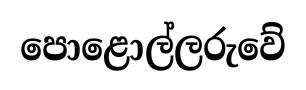
පොළොල්ලරුවේ